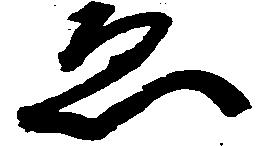
ゑ